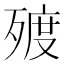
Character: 𣨲